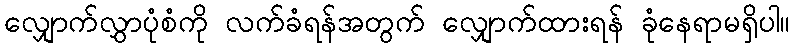
လျှောက်လွှာပုံစံကို လက်ခံရန်အတွက် လျှောက်ထားရန် ခုံနေရာမရှိပါ။